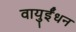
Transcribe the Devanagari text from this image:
वायुईंधन